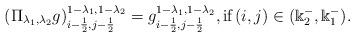
LaTeX: \begin{align*}\left(\Pi_{\lambda_1,\lambda_2}g\right)^{1-\lambda_1,1-\lambda_2}_{i-\frac{1}{2},j-\frac{1}{2}} = g^{1-\lambda_1,1-\lambda_2}_{i-\frac{1}{2},j-\frac{1}{2}}, \mbox{if} \left(i,j\right) \in (\Bbbk_2^-,\Bbbk_1^-).\end{align*}